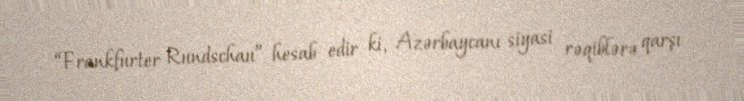
“Frankfurter Rundschau” hesab edir ki, Azərbaycanı siyasi rəqiblərə qarşı